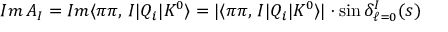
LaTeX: I m \, A _ { I } = I m \langle \pi \pi , \, I | Q _ { i } | K ^ { 0 } \rangle = | \langle \pi \pi , \, I | Q _ { i } | K ^ { 0 } \rangle | \cdot \sin \delta _ { \ell = 0 } ^ { I } ( s )